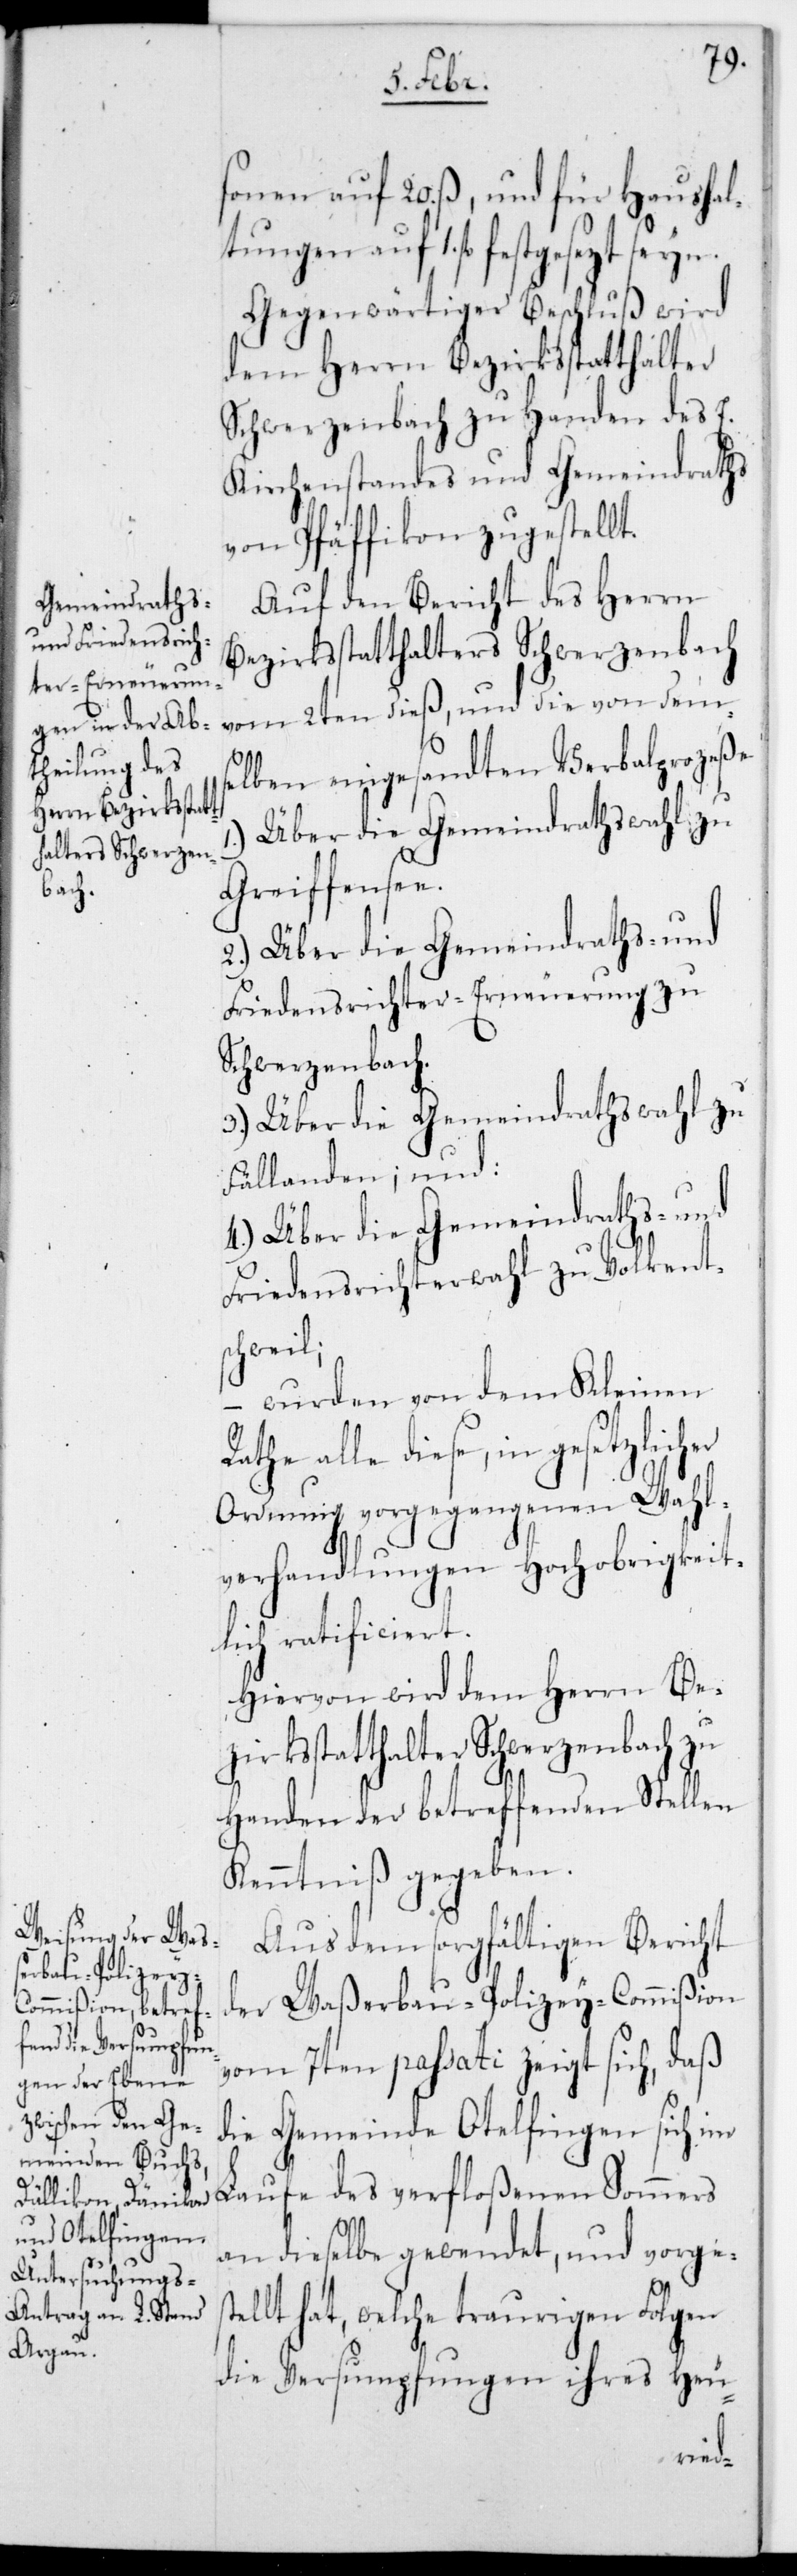
sonen auf 20. ß, und für Haushal¬
tungen auf 1. fl. festgesezt
Gegenwärtiger Beschluß wird
dem Herrn Bezirksstatthalter
Schwerzenbach zu Handen des E.
Kirchenstandes und Gemeindraths
von Pfäffikon zugestellt.
Auf den Bericht des Herrn
Bezirksstatthalters Schwerzenbach
vom 2ten dieß, und die von demse¬
lben eingesandten Verbalprozeße
Über die Gemeindrathswahl zu
Greiffensee;
2. Über die Gemeindraths- und
Friedensrichter-Erneuerung zu
Schwerzenbach;
3. Über die Gemeindrathswahl zu
Fällanden; und:
4. Über die Gemeindraths- und
Friedensrichterwahl zu Volkent¬
schweil;
– wurden von dem Kleinen
alle diese, in gesetzlicher
Ordnung vorgegangenen Wahl¬
verhandlungen Hochobrigkeit¬
lich ratificiert.
Hiervon wird dem Herrn Be¬
zirksstatthalter Schwerzenbach zu
Handen der betreffenden Stellen
Kenntniß gegeben.
Aus dem sorgfältigen Bericht
der Waßerbaupolizey-Commißion
vom 7ten passati zeigt sich, daß
die Gemeinde Otelfingen sich im
Laufe des verfloßenen Sommers
an dieselbe gewendet, und vorge¬
lt hat, welche traurigen Folgen
die Versumpfungen ihres Heu-
stel¬